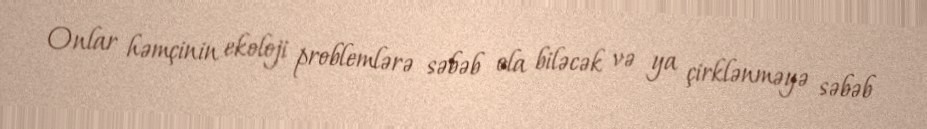
Onlar həmçinin ekoloji problemlərə səbəb ola biləcək və ya çirklənməyə səbəb